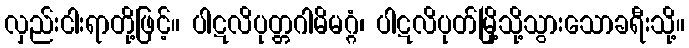
လှည်းငါးရာတို့ဖြင့်။ ပါဋလိပုတ္တဂါမိမဂ္ဂံ၊ ပါဋလိပုတ်မြို့သို့သွားသောခရီးသို့။